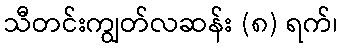
သီတင်းကျွတ်လဆန်း (၈) ရက်၊